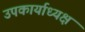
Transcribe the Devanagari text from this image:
उपकार्याध्यक्ष